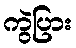
ကွဲပြား